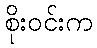
စိုးဝင်းက